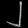
Digit: ၂